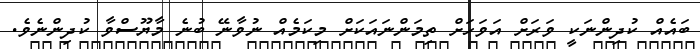
ބައެއް ކުދިންނަކީ ވަރަށް އަވަހަށް ތިމަންނައަކަށް މިކަމެއް ނުވާނޭ ބުނެ މާޔޫސްވާ ކުދިންނެވެ.